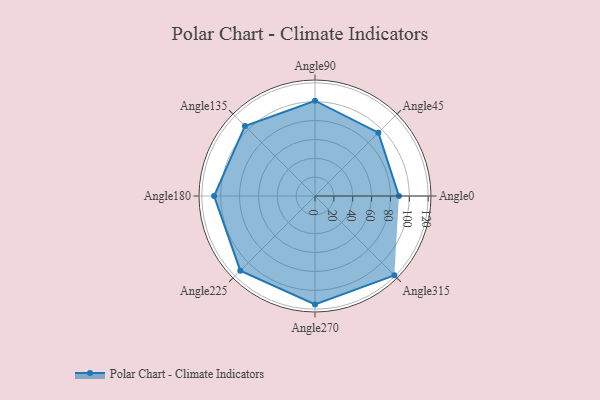
{"axis": {"x": "Angle", "y": "Radius"}, "legend": [""], "data": [{"x": "Angle0", "y": 89.0, "type": ""}, {"x": "Angle45", "y": 95.0, "type": ""}, {"x": "Angle90", "y": 101.0, "type": ""}, {"x": "Angle135", "y": 105.0, "type": ""}, {"x": "Angle180", "y": 107.0, "type": ""}, {"x": "Angle225", "y": 112.0, "type": ""}, {"x": "Angle270", "y": 115.0, "type": ""}, {"x": "Angle315", "y": 119.0, "type": ""}]}